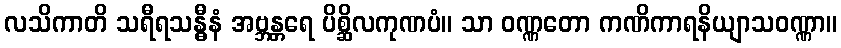
လသိကာတိ သရီရသန္ဓီနံ အဗ္ဘန္တရေ ပိစ္ဆိလကုဏပံ။ သာ ဝဏ္ဏတော ကဏိကာရနိယျာသဝဏ္ဏာ။